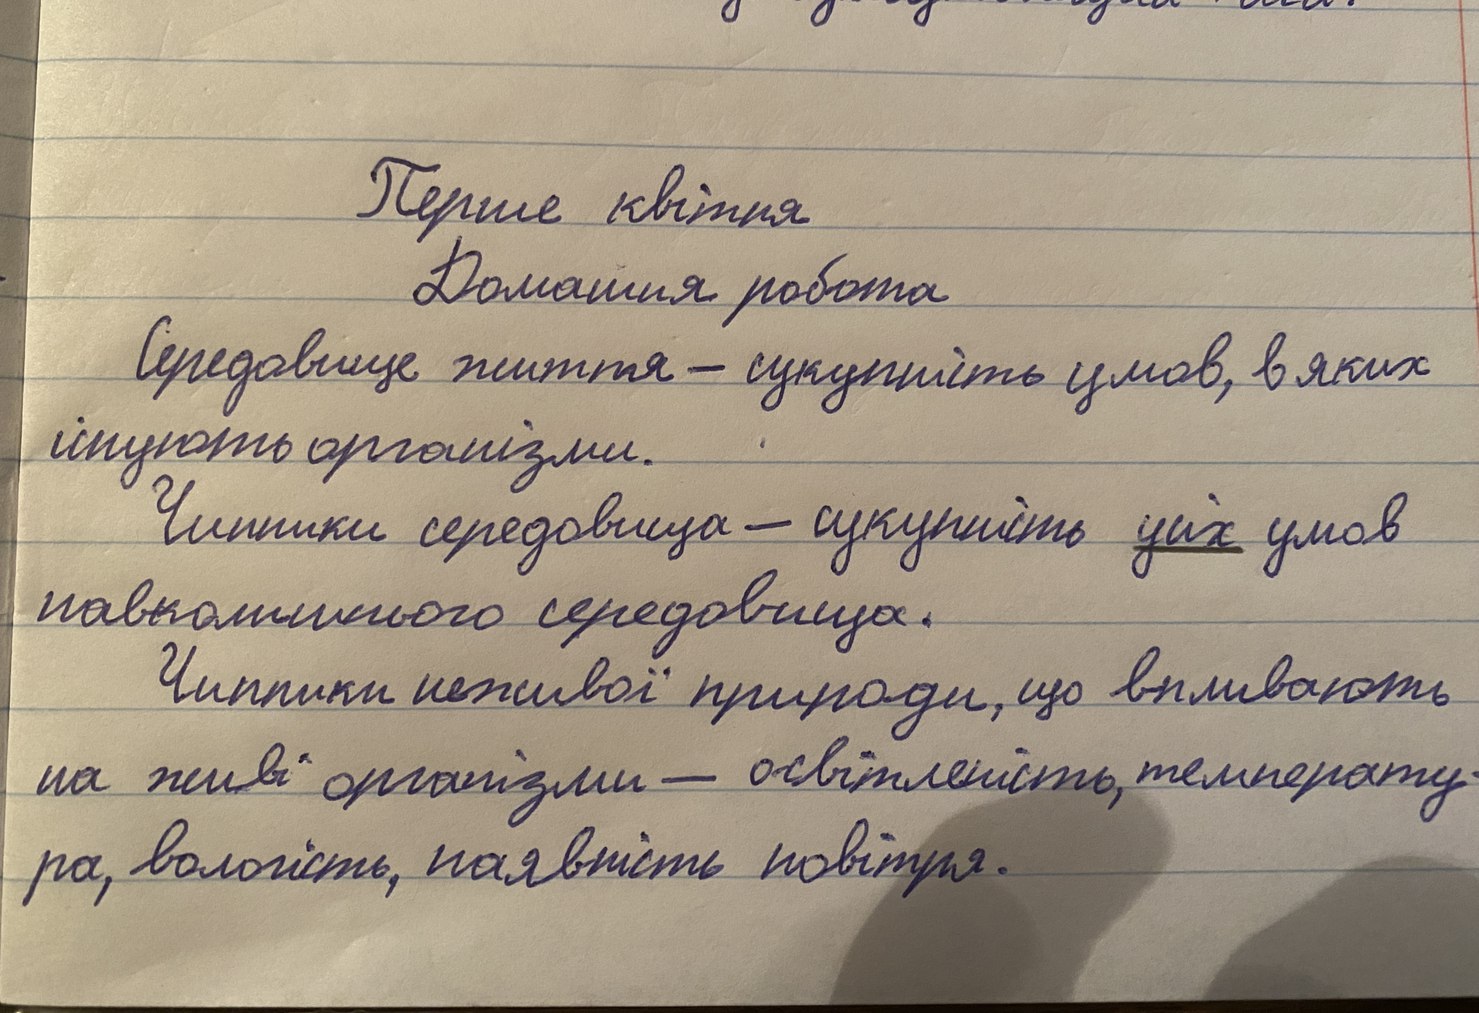
Перше квітня
Домашня робота
Середовище життя - сукупність умов, в яких
існують організми.
Чинники середовища - сукупність усіх умов
навколишнього середовища.
Чинники неживої природи, що впливають
на живі організми - освітленість, температу
ра, вологість, наявність повітря.